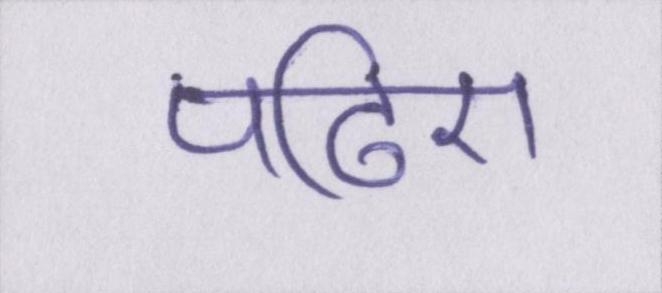
पढ़िए